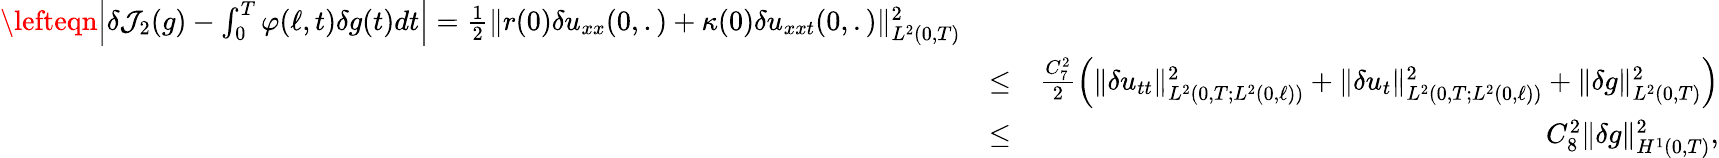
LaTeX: \begin{array}{rlr}{\lefteqn{\Big\vert\delta\mathcal{J}_{2}(g)-\int_{0}^{T}\varphi(\ell,t)\delta g(t)dt\Big\vert=\frac{1}{2}\Vert r(0)\delta u_{xx}(0,.)+\kappa(0)\delta u_{xxt}(0,.)\Vert_{L^{2}(0,T)}^{2}}}\\ &{\leq}&{\frac{C_{7}^{2}}{2}\Big(\Vert\delta u_{tt}\Vert_{L^{2}(0,T;L^{2}(0,\ell))}^{2}+\Vert\delta u_{t}\Vert_{L^{2}(0,T;L^{2}(0,\ell))}^{2}+\Vert\delta g\Vert_{L^{2}(0,T)}^{2}\Big)}\\ &{\leq}&{C_{8}^{2}\Vert\delta g\Vert_{H^{1}(0,T)}^{2},}\end{array}